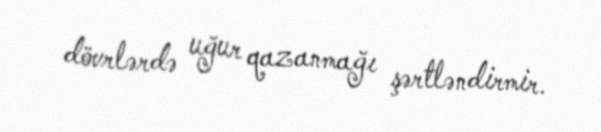
dövrlərdə uğur qazanmağı şərtləndirmir.